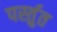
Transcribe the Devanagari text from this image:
पर्स्तुत